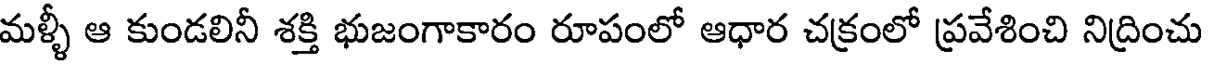
మళ్ళీ ఆ కుండలినీ శక్తి భుజంగాకారం రూపంలో ఆధార చక్రంలో ప్రవేశించి నిద్రించు